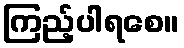
ကြည့်ပါရစေ။